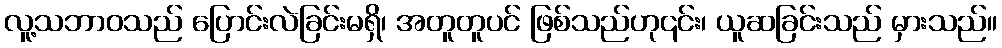
လူ့သဘာဝသည် ပြောင်းလဲခြင်းမရှိ၊ အတူတူပင် ဖြစ်သည်ဟု၎င်း၊ ယူဆခြင်းသည် မှားသည်။